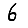
Digit: 6